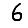
Digit: 6